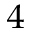
_ 4